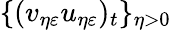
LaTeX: \{ (v_{\eta\varepsilon}u_{\eta\varepsilon})_{t}\} _{\eta>0}